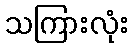
သကြားလုံး